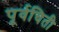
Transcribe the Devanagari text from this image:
पूर्वचिती